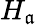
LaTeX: H_{\mathfrak{a}}